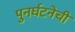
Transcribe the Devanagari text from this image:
पुनर्घटनेची